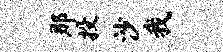
那投沙我